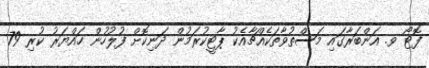
ފޮޓޯ ވ. އަންބަރާގައި މަސްތުވާތަކެއްޗާއެކު ޕާޓީކުރަމުން ދަނިކޮށް ފުލުހުން ހައްޔަރު ކުރި 79